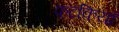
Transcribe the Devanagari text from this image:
फटकियाँ